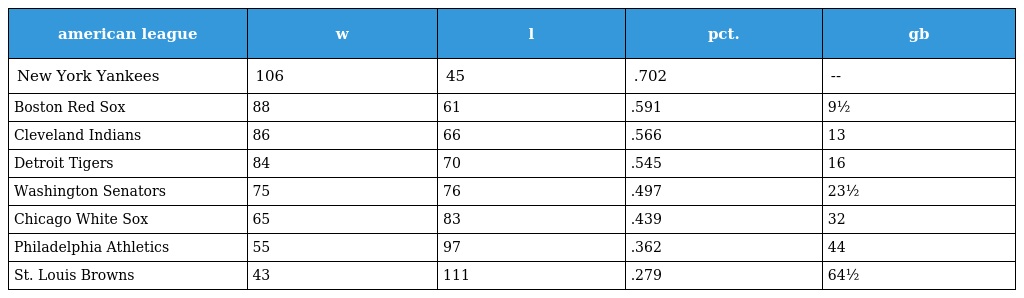
| american league | w | l | pct. | gb |
 | --- | --- | --- | --- | --- |
 | New York Yankees | 106 | 45 | .702 | -- |
 | Boston Red Sox | 88 | 61 | .591 | 9½ |
 | Cleveland Indians | 86 | 66 | .566 | 13 |
 | Detroit Tigers | 84 | 70 | .545 | 16 |
 | Washington Senators | 75 | 76 | .497 | 23½ |
 | Chicago White Sox | 65 | 83 | .439 | 32 |
 | Philadelphia Athletics | 55 | 97 | .362 | 44 |
 | St. Louis Browns | 43 | 111 | .279 | 64½ |